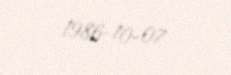
1986-10-07